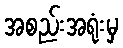
အစည်းအရုံးမှ